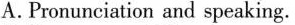
A. Pronunciation and speaking.